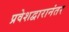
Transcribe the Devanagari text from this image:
प्रवेशद्वारानंतर